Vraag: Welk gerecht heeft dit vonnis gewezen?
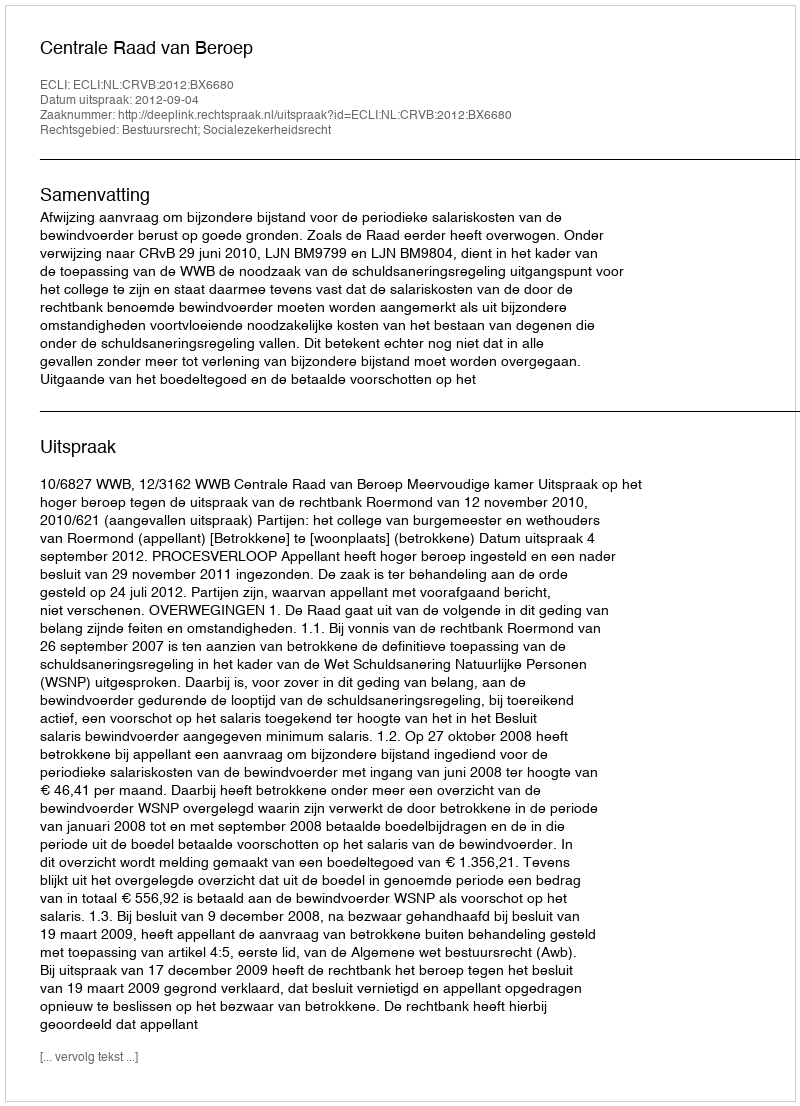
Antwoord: Centrale Raad van Beroep